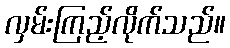
လှမ်းကြည့်လိုက်သည်။